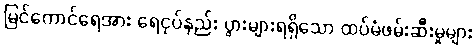
မြင်ကောင်ရေအား ရေငုပ်နည်း ပွားများရရှိသော ထပ်မံဖမ်းဆီးမှုများ